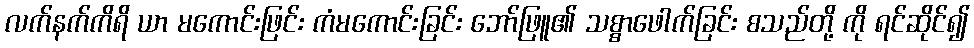
လက်နက်ကိရိ ယာ မကောင်းဖြင်း ကံမကောင်းခြင်း ဘော်ဖြူ၏ သစ္စာဖေါက်ခြင်း စသည်တို့ ကို ရင်ဆိုင်၍